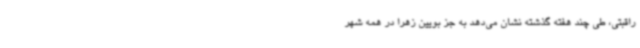
راقبتی، طی چند هفته گذشته نشان می‌دهد به جز بویین زهرا در همه شهر